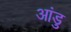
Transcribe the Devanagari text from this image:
आंडु